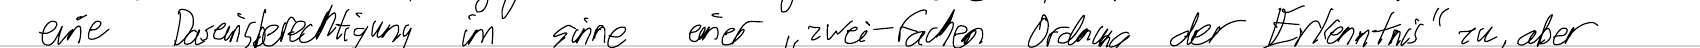
eine Daseinsberechtigung im sinne einer "zwei-fachen Ordnung der Erkenntnis" zu, aber